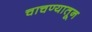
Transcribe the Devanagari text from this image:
चाचण्यातून